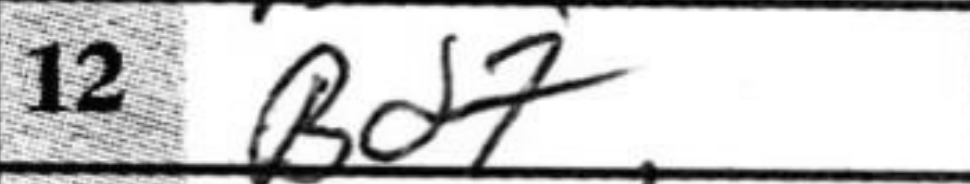
Transcription: Bd7